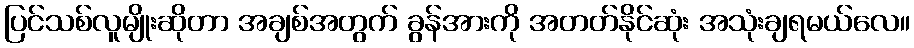
ပြင်သစ်လူမျိုးဆိုတာ အချစ်အတွက် ခွန်အားကို အတတ်နိုင်ဆုံး အသုံးချရမယ်လေ။